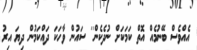
އެއްވެސް ބޭނުމެއް އޮތް ކަމަކަށް ނުދެކެން'' ސައުން ވާހަކަ ދައްކަމުން ދިޔަ އިރު